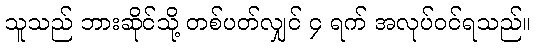
သူသည် ဘားဆိုင်သို့ တစ်ပတ်လျှင် ၄ ရက် အလုပ်ဝင်ရသည်။